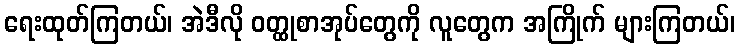
ရေးထုတ်ကြတယ်၊ အဲဒီလို ဝတ္ထုစာအုပ်တွေကို လူတွေက အကြိုက် များကြတယ်၊